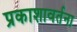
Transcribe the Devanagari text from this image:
प्रकाशावर्तना